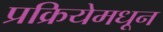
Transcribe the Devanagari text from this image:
प्रक्रियेमधून